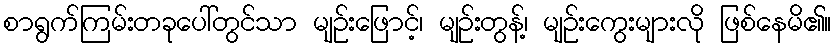
စာရွက်ကြမ်းတခုပေါ်တွင်သာ မျဉ်းဖြောင့်၊ မျဉ်းတွန့်၊ မျဉ်းကွေးများလို ဖြစ်နေမိ၏။